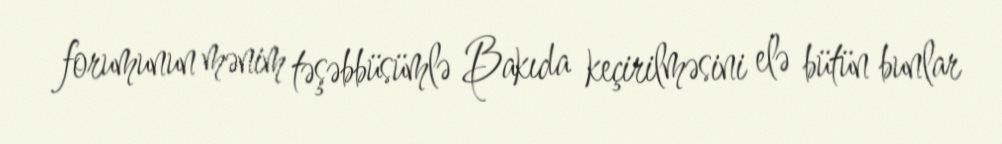
forumunun mənim təşəbbüsümlə Bakıda keçirilməsini elə bütün bunlar